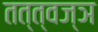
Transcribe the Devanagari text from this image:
तत्त्‍वज्ञ